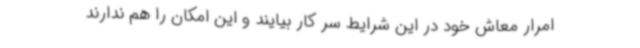
امرار معاش خود در این شرایط سر کار بیایند و این امکان را هم ندارند